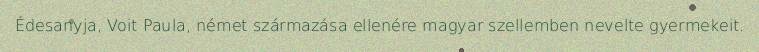
Édesanyja, Voit Paula, német származása ellenére magyar szellemben nevelte gyermekeit.